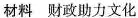
材料财政助力文化